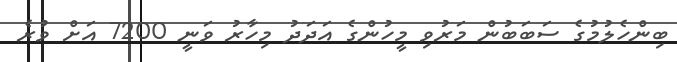
ބިންހެލުމުގެ ސަބަބުން މަރުވި މީހުންގެ އަދަދު މިހާރު ވަނީ 7200 އަށް ވުރެ